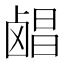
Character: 𬸶